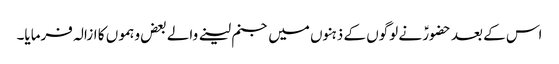
اس کے بعد حضورؑ نے لوگوں کے ذہنوں میں جنم لینے والے بعض وہموں کا ازالہ فرمایا۔